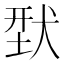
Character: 𬌳